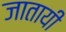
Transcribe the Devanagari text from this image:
जातायी